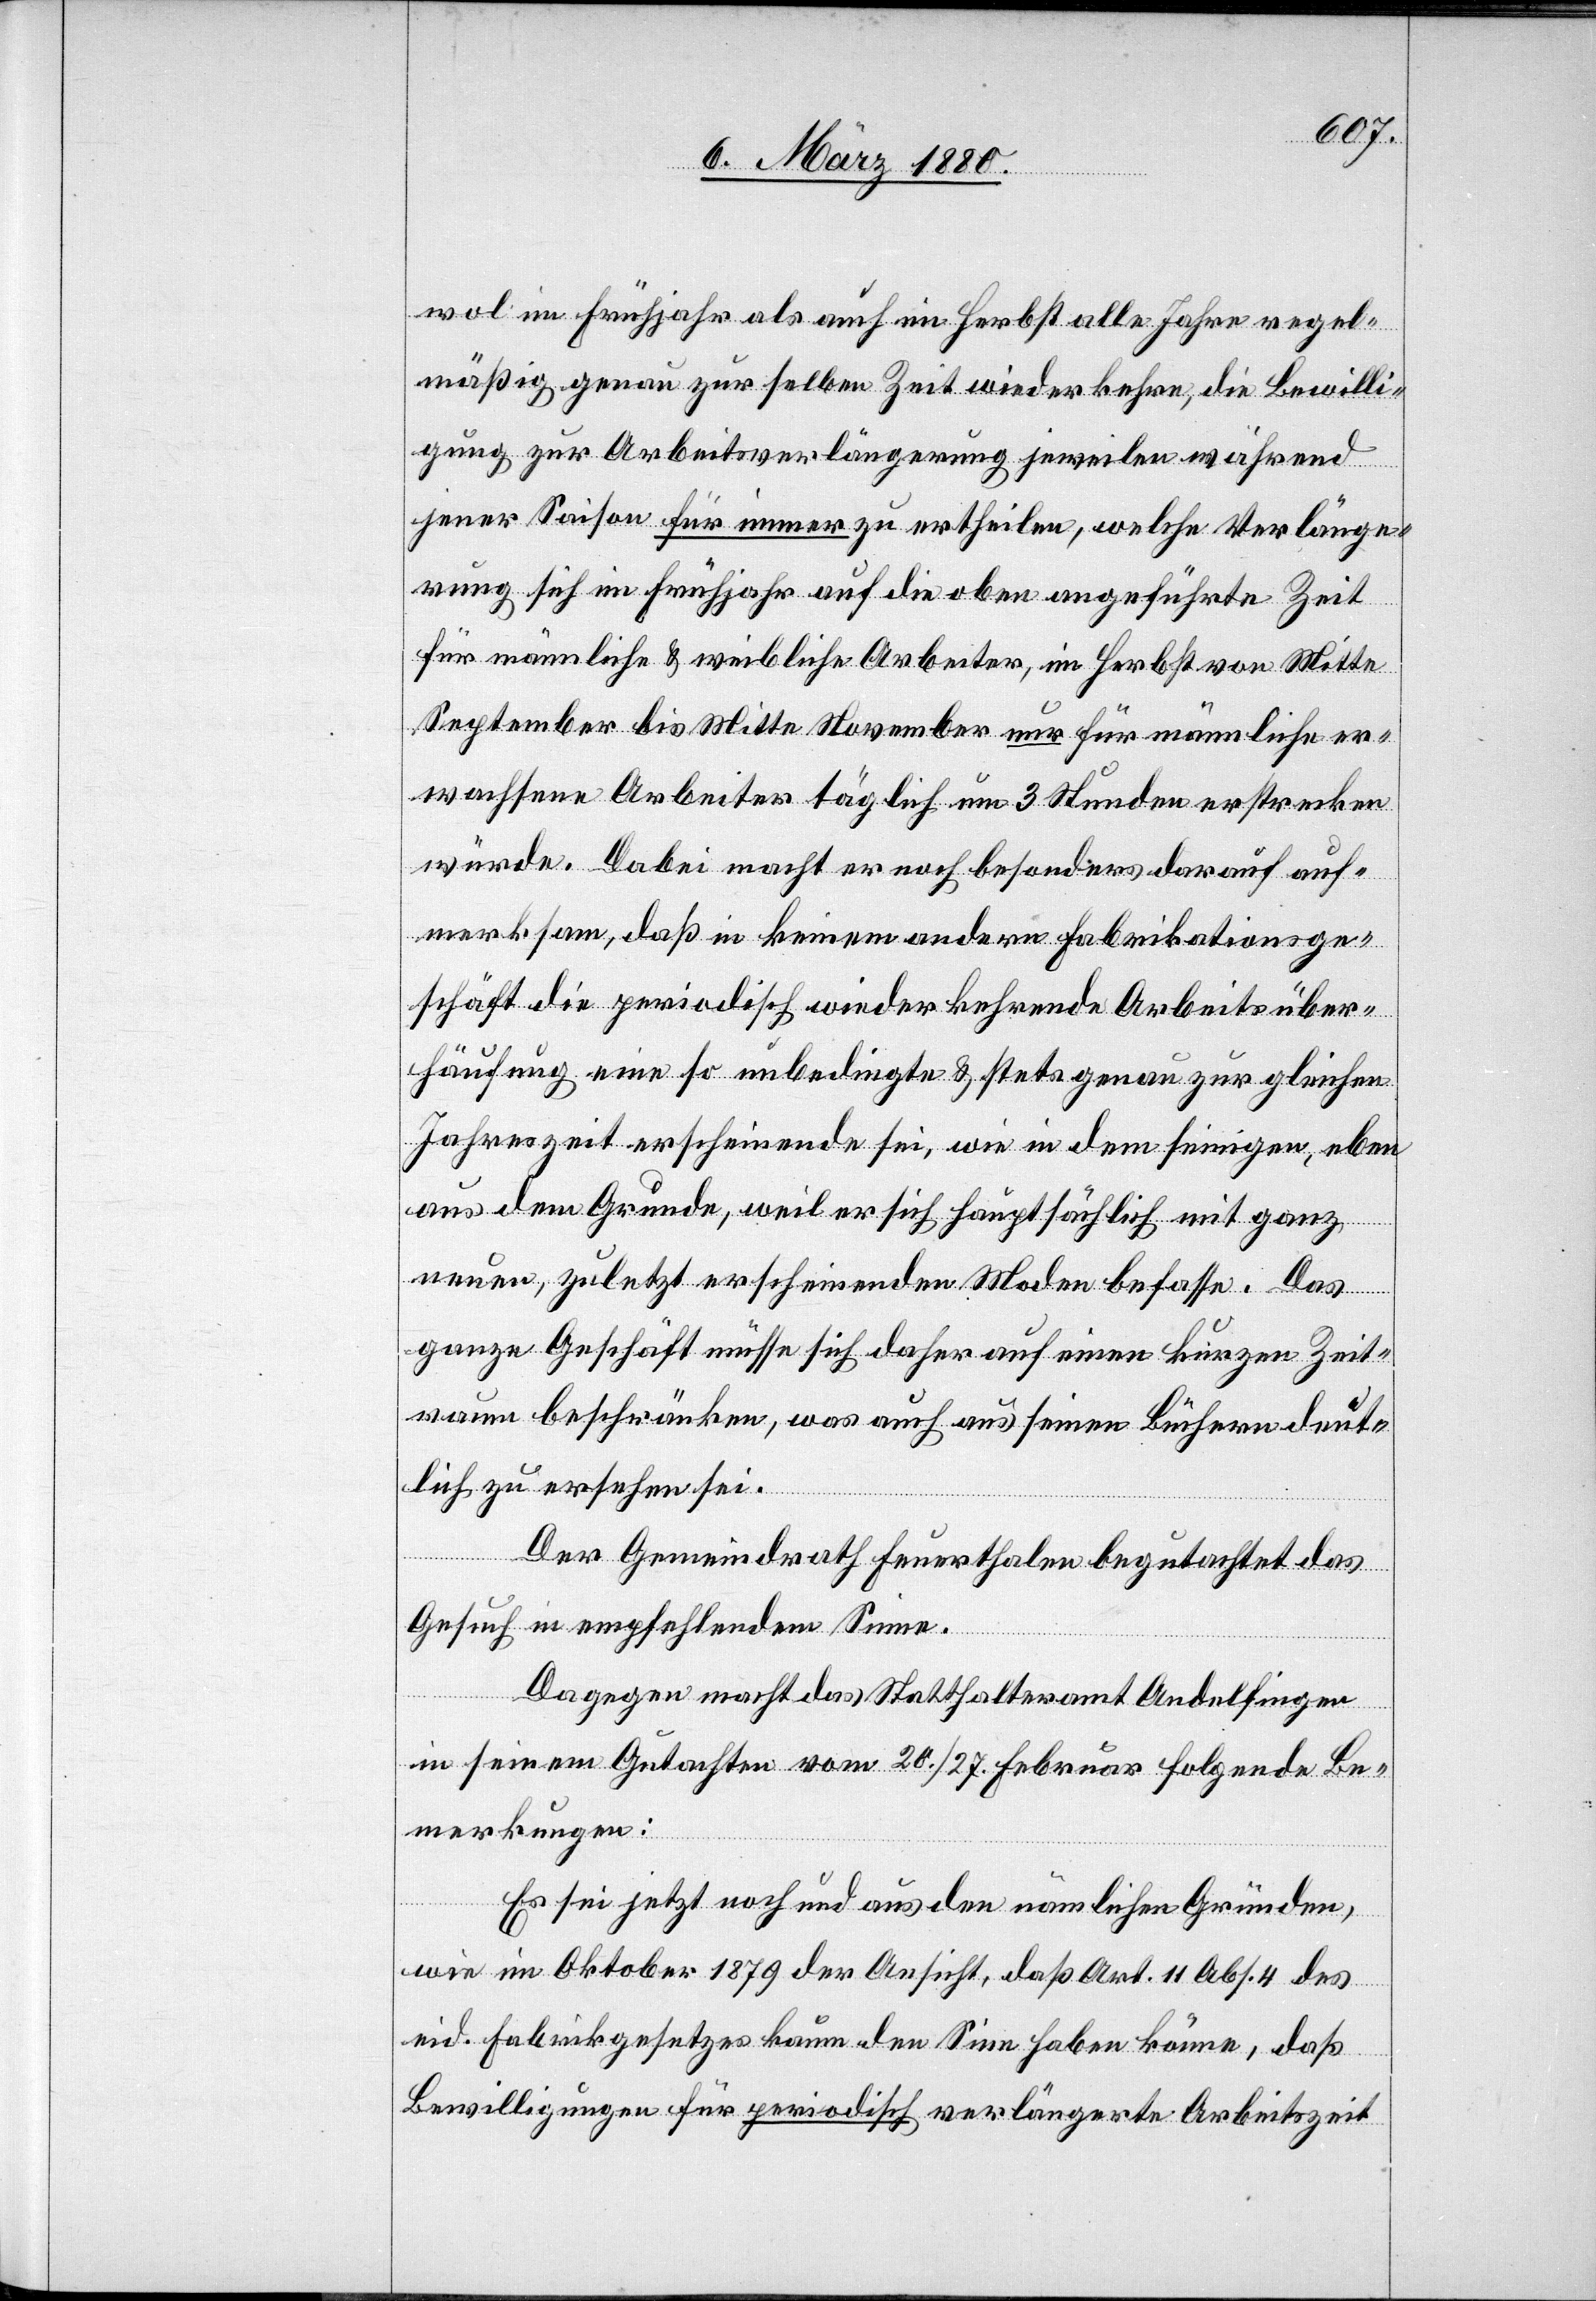
wol im Frühjahr als auch im Herbst alle Jahre regel¬
mäßig genau zur selben Zeit wiederkehre, die Bewilli¬
gung zur Arbeitsverlängerung jeweilen während
jener Saison für immer zu ertheilen, welche Verlänge¬
rung sich im Frühjahr auf die oben angeführte Zeit
für männliche & weibliche Arbeiter, im Herbst von Mitte
September bis Mitte November nur für männliche er¬
wachsene Arbeiter täglich um 3 Stunden erstrecken
würde. Dabei macht er noch besonders darauf auf¬
merksam, daß in keinem andern Fabrikationsge¬
schäft die periodisch wiederkehrende Arbeitsüber¬
häufung eine so unbedingte & stets genau zur gleichen
Jahreszeit erscheinende sei, wie in dem hierigen, eben
aus dem Grunde, weil er sich hauptsächlich mit ganz
neuen, zuletzt erscheinenden Moden befasse. Das
ganze Geschäft müsse sich daher auf einen kurzen Zeit¬
raum beschränken, was auch aus seinen Büchern deut¬
lich zu ersehen sei.
Der Gemeindrath Feuerthalen begutachtet das
Gesuch in empfehlendem Sinne.
Dagegen macht das Statthalteramt Andelfingen
in seinem Gutachten vom 20. / 27. Februar folgende Be¬
merkungen:
Es sei jetzt noch und aus den nämlichen Gründen,
wie im Oktober 1879 der Ansicht, daß Art. 11, Abs. 4 des
eid. Fabrikgesetzes kaum den Sinn haben könne, daß
Bewilligungen für periodisch verlängerte Arbeitszeit